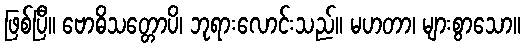
ဖြစ်ပြီ။ ဗောဓိသတ္တောပိ၊ ဘုရားလောင်းသည်။ မဟတာ၊ များစွာသော။